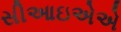
સીઆઇએએ